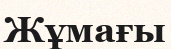
Жұмағы